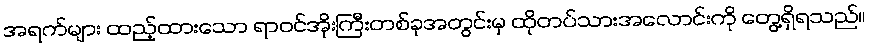
အရက်များ ထည့်ထားသော ရာဝင်အိုးကြီးတစ်ခုအတွင်းမှ ထိုတပ်သားအလောင်းကို တွေ့ရှိရသည်။